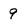
Character: 9